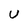
Character: U